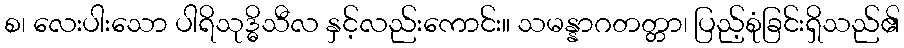
စ၊ လေးပါးသော ပါရိသုဒ္ဓိသီလ နှင့်လည်းကောင်း။ သမန္နာဂတတ္တာ၊ ပြည့်စုံခြင်းရှိသည်၏